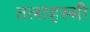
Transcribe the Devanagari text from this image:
तलाहस्सी